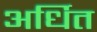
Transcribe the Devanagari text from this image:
अर्धित